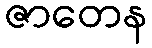
ဇာတေန